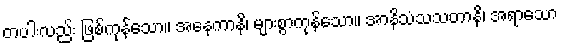
တပါးလည်း ဖြစ်ကုန်သော။ အနေကာနိ၊ များစွာကုန်သော။ အာနိသံသသတာနိ၊ အရာသော